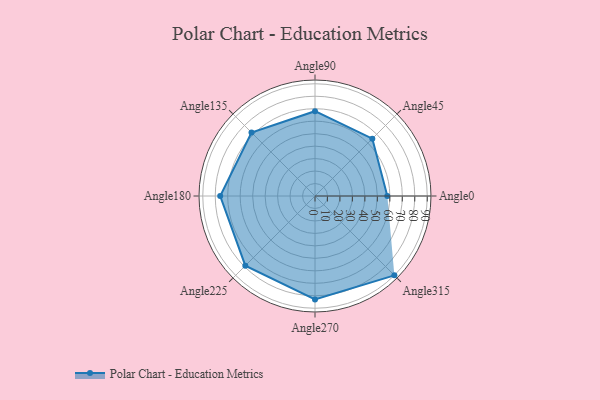
{"axis": {"x": "Angle", "y": "Radius"}, "legend": [""], "data": [{"x": "Angle0", "y": 58.0, "type": ""}, {"x": "Angle45", "y": 65.0, "type": ""}, {"x": "Angle90", "y": 68.0, "type": ""}, {"x": "Angle135", "y": 72.0, "type": ""}, {"x": "Angle180", "y": 76.0, "type": ""}, {"x": "Angle225", "y": 79.0, "type": ""}, {"x": "Angle270", "y": 83.0, "type": ""}, {"x": "Angle315", "y": 90.0, "type": ""}]}